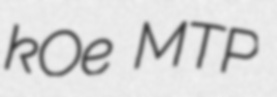
kOe MTP